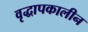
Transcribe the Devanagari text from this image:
वृद्धापकालीन